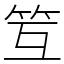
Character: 䇘